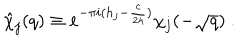
\hat { \chi } _ { j } ( q ) \equiv e ^ { - \pi i ( h _ { j } - \frac { c } { 2 4 } ) } \chi _ { j } ( - \sqrt { q } ) ~ .